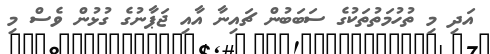
އަދި މި ތުހުމަތުތަކުގެ ސަބަބުން ޗައިނާ އާއި ޖަޕާނުގެ ގުޅުން ވެސް މި